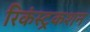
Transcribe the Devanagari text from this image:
रिकंस्ट्रकशन